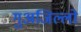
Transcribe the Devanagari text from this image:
गुअजिल्लो